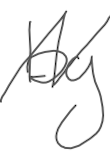
Text: by
Cross-out: zig-zag
Writing tool: digital_gray